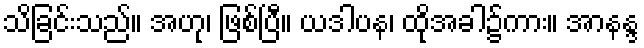
သိခြင်းသည်။ အဟု၊ ဖြစ်ပြီ။ ယဒါပန၊ ထိုအခါ၌ကား။ အာနန္ဒ